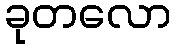
ခုတလော